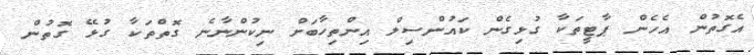
އެގޮތުން އެހެން ޕާޓީތަކާ ގުޅިގެން ކައުންސިލް އިންތިހާބަށް ނިކުންނާނެ ގޮތްތަކާ ގުޅޭ ގޮތުން